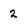
Character: 2